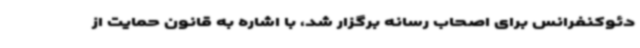
دئوکنفرانس برای اصحاب رسانه برگزار شد، با اشاره به قانون حمایت از